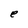
Character: e